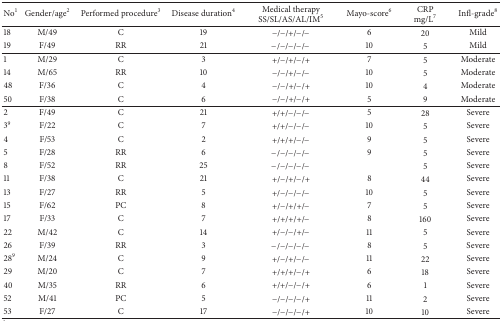
| No1 | Gender/age2 | Performed procedure3 | Disease duration4 | Medical therapySS/SL/AS/AL/IM5 | Mayo-score6 | CRPmg/L7 | Infl-grade8 |
 | --- | --- | --- | --- | --- | --- | --- | --- |
 | 18 | M/49 | C | 19 | −/−/+/−/− | 6 | 20 | Mild |
 | 19 | F/49 | RR | 21 | −/−/−/−/− | 10 | 5 | Mild |
 | 1 | M/29 | C | 3 | +/−/+/−/+ | 7 | 5 | Moderate |
 | 14 | M/65 | RR | 10 | −/−/+/−/− | 10 | 5 | Moderate |
 | 48 | F/36 | C | 4 | −/−/+/−/+ | 10 | 4 | Moderate |
 | 50 | F/38 | C | 6 | −/−/+/−/+ | 5 | 9 | Moderate |
 | 2 | F/49 | C | 21 | +/+/−/−/− | 5 | 28 | Severe |
 | 39 | F/22 | C | 7 | +/+/−/−/− | 10 | 5 | Severe |
 | 4 | F/53 | C | 2 | +/+/+/−/− | 9 | 5 | Severe |
 | 5 | F/28 | RR | 6 | −/−/−/−/− | 9 | 5 | Severe |
 | 8 | F/52 | RR | 25 | −/−/−/−/− |  | 5 | Severe |
 | 11 | F/38 | C | 21 | +/−/+/−/+ | 8 | 44 | Severe |
 | 13 | F/27 | RR | 5 | +/−/−/−/− | 10 | 5 | Severe |
 | 15 | F/62 | PC | 8 | +/−/+/+/− | 7 | 5 | Severe |
 | 17 | F/33 | C | 7 | +/+/+/+/− | 8 | 160 | Severe |
 | 22 | M/42 | C | 14 | +/−/−/+/− | 11 | 5 | Severe |
 | 26 | F/39 | RR | 3 | −/−/−/−/− | 8 | 5 | Severe |
 | 289 | M/24 | C | 9 | +/−/+/−/− | 11 | 22 | Severe |
 | 29 | M/20 | C | 7 | +/+/+/−/+ | 6 | 18 | Severe |
 | 40 | M/35 | RR | 6 | +/+/−/−/+ | 6 | 1 | Severe |
 | 52 | M/41 | PC | 5 | −/−/−/−/+ | 11 | 2 | Severe |
 | 53 | F/27 | C | 17 | −/−/−/−/+ | 10 | 10 | Severe |